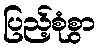
ပြည့်စုံစွာ